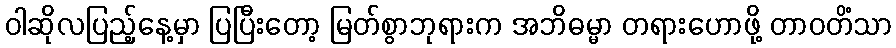
ဝါဆိုလပြည့်နေ့မှာ ပြပြီးတော့ မြတ်စွာဘုရားက အဘိဓမ္မာ တရားဟောဖို့ တာဝတိံသာ